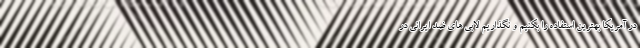
در آمریکا بهترین استفاده را بکنیم و نگذاریم لابی های ضد ایرانی در